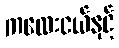
ကလေးငယ်နှင့်